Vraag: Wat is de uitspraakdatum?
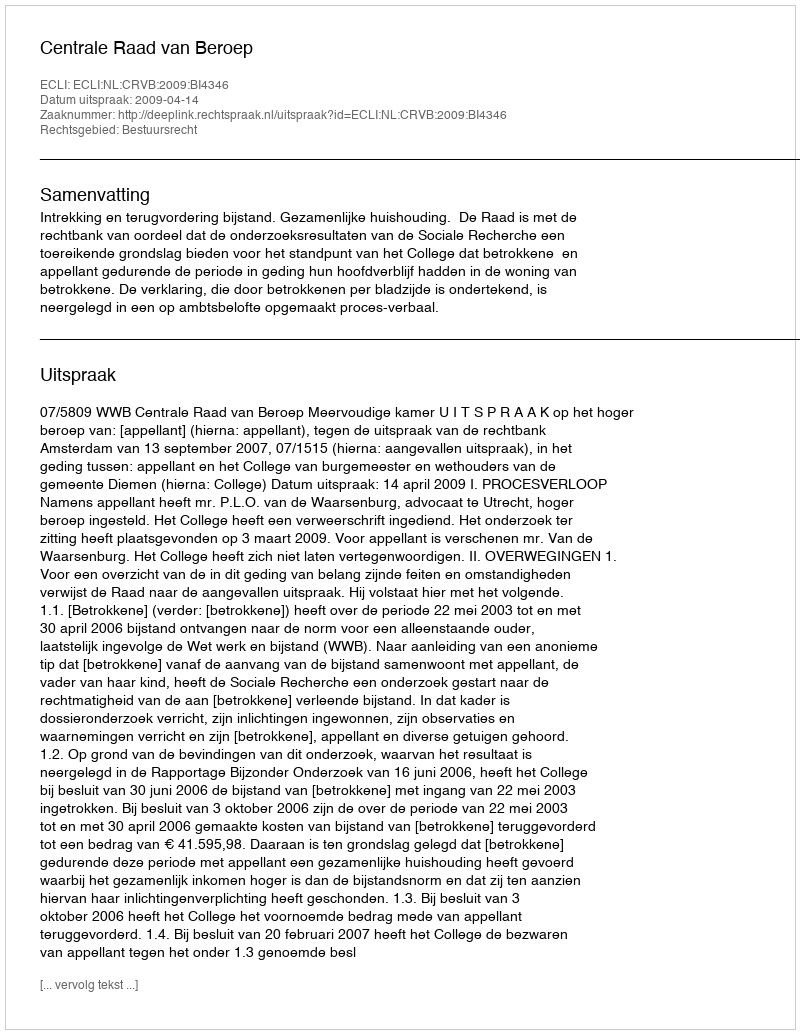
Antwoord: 2009-04-14